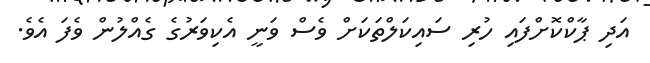
އަދި ޕާކްކޮށްފައި ހުރި ސައިކަލްތަކަށް ވެސް ވަނީ އެކިވަރުގެ ގެއްލުން ވެފަ އެވެ.